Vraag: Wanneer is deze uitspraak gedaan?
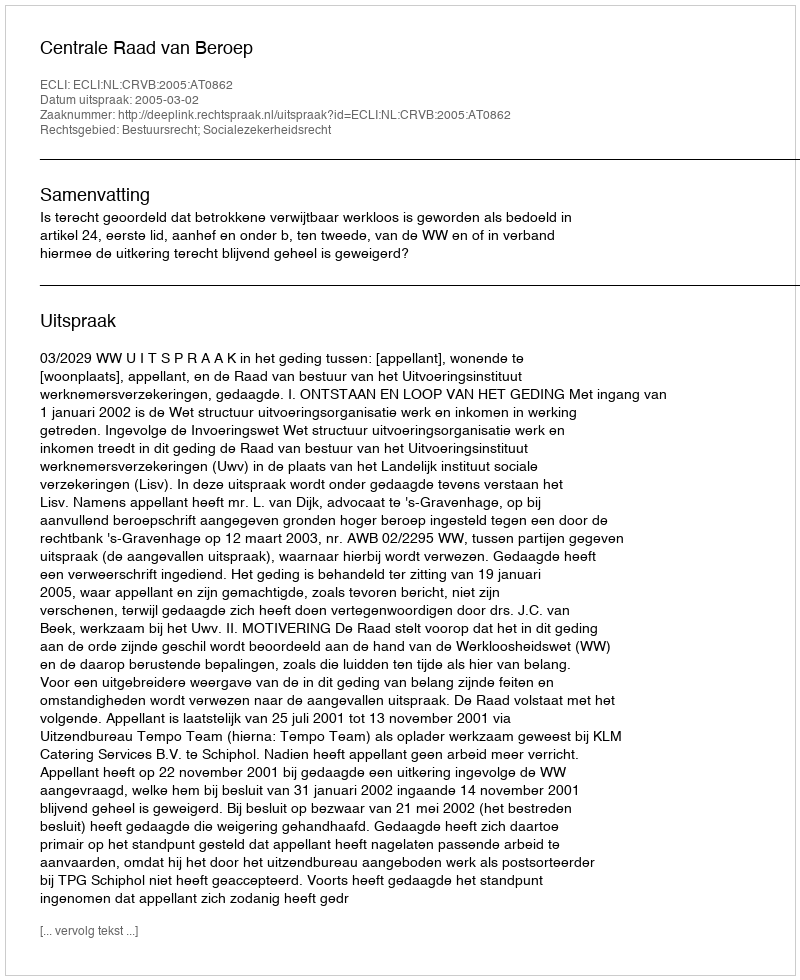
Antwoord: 2005-03-02